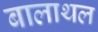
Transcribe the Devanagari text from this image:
बालाथल